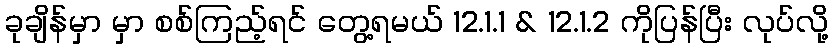
ခုချိန်မှာ မှာ စစ်ကြည့်ရင် တွေ့ရမယ် 12.1.1 & 12.1.2 ကိုပြန်ပြီး လုပ်လို့